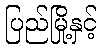
ပြည်မြို့နှင့်